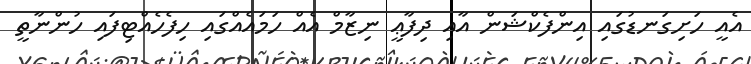
އެއީ ހަށިގަނޑުގައި އިންފެކްޝަން އާއި ދިފާޢީ ނިޒާމް އެއް ހަމައެއްގައި ހިފެހެއްޓިފައި ހުންނާތީ